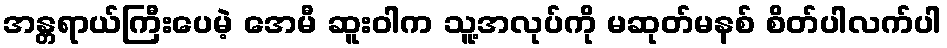
အန္တရာယ်ကြီးပေမဲ့ အေမီ ဆူးဝါက သူ့အလုပ်ကို မဆုတ်မနစ် စိတ်ပါလက်ပါ